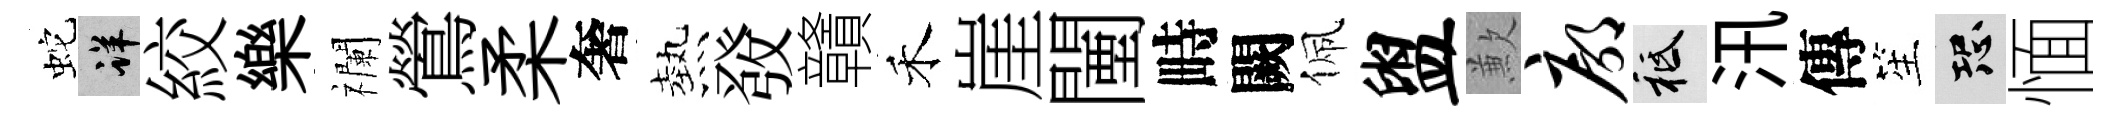
蛇详絞樂襴鶯柔奢熱𤼲贛禾崖闉畤闕佩盥歉廓祇汛傳笙恐愐